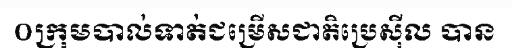
០ក្រុមបាល់ទាត់ជម្រើសជាតិប្រេស៊ីល បាន